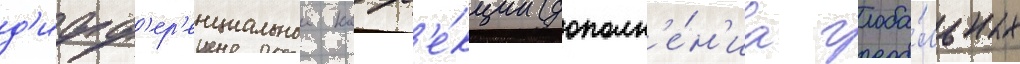
д'ифф'ер'енциальнои корр'е́кции (дополн'е́н'иа глоба́льных